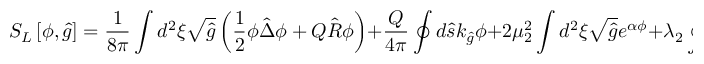
{ S _ { L } } \left[ \phi , \hat { g } \right] = { \frac { 1 } { 8 \pi } } \int { d ^ { 2 } } \xi \sqrt { \hat { g } } \left( { \frac { 1 } { 2 } } \phi \hat { \Delta } \phi + Q \hat { R } \phi \right) + { \frac { Q } { 4 \pi } } \oint { d } \hat { s } { k _ { \hat { g } } } \phi + 2 { \mu _ { 2 } ^ { 2 } } \int { d ^ { 2 } } \xi \sqrt { \hat { g } } { e ^ { \alpha \phi } } + { \lambda _ { 2 } } \oint { d } \hat { s } { e ^ { \alpha \phi / 2 } } .